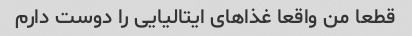
قطعا من واقعا غذاهای ایتالیایی را دوست دارم